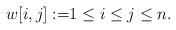
LaTeX: \begin{align*}w[i,j]:= &1\leq i\leq j\leq n.\end{align*}